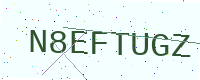
Text: N8EFTUGZ